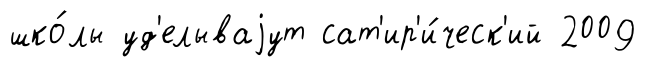
шко́лы уд'елываjут сат'ир'и́ческ'ий 2009